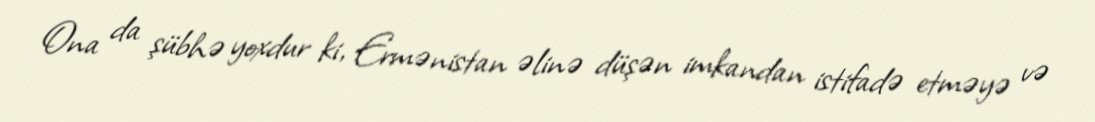
Ona da şübhə yoxdur ki, Ermənistan əlinə düşən imkandan istifadə etməyə və